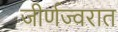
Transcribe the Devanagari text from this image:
जीर्णज्वरात